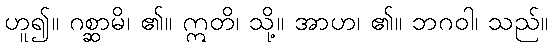
ဟူ၍။ ဂစ္ဆာမိ၊ ၏။ ဣတိ၊ သို့။ အာဟ၊ ၏။ ဘဂဝါ၊ သည်။